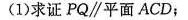
(1)求证 PQ\parallel 平面ACD；